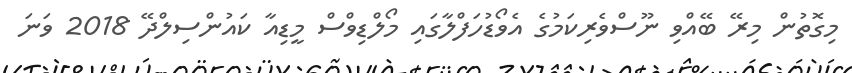
މިގޮތުން މިރޭ ބޭއްވި ނޫސްވެރިކަމުގެ އެވޯޑުހަފްލާގައި މޯލްޑިވްސް މީޑިއާ ކައުންސިލްދޭ 2018 ވަނަ